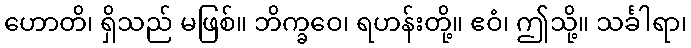
ဟောတိ၊ ရှိသည် မဖြစ်။ ဘိက္ခဝေ၊ ရဟန်းတို့။ ဧဝံ၊ ဤသို့။ သင်္ခါရာ၊